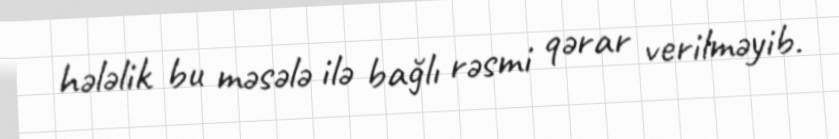
hələlik bu məsələ ilə bağlı rəsmi qərar verilməyib.